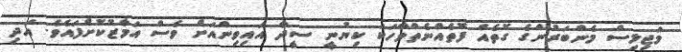
މަޖިލިސް މެންބަރުންގެ ގޮތެއް ފޮތެއްނެތްވާހަކަ ކިޔުނީ ސީދާ އައިވިންއަށް ވެސް އަމާޒުކޮށްފައެވެ. އަދި